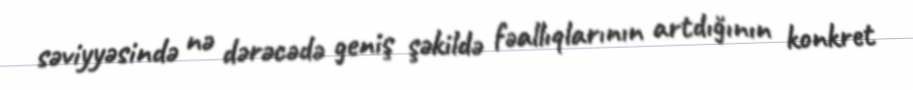
səviyyəsində nə dərəcədə geniş şəkildə fəallıqlarının artdığının konkret